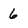
Character: 6